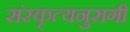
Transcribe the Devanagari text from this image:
संस्कृत्यनुरागी